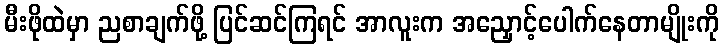
မီးဖိုထဲမှာ ညစာချက်ဖို့ ပြင်ဆင်ကြရင် အာလူးက အညှောင့်ပေါက်နေတာမျိုးကို